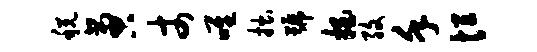
税啻丈唯拙号拍孜堇恒